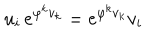
LaTeX: u _ { i } \, e ^ { \varphi ^ { k } v _ { k } } = e ^ { \varphi ^ { k } v _ { k } } v _ { i }